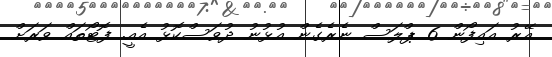
އޭރު އައިފޯން 6 ޕްލަސް ނެރެގެން އުޅުނު ދުވަސްކޮޅު އެއީ. ފޮޓޯތައް ވަރަށް